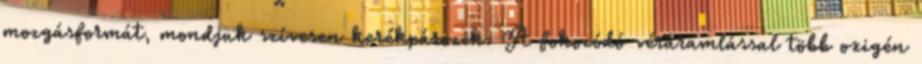
mozgásformát, mondjuk szívesen kerékpározik. A fokozódó véráramlással több oxigén